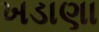
ખડાણા